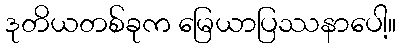
ဒုတိယတစ်ခုက မြေယာပြဿနာပေါ့။